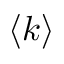
\left\langle k \right\rangle